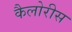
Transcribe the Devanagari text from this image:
कैलोरीस